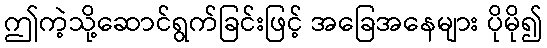
ဤကဲ့သို့ဆောင်ရွက်ခြင်းဖြင့် အခြေအနေများ ပိုမို၍